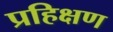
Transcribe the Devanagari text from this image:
प्रहिक्षण